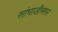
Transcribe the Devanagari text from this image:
सांभाजीनगर